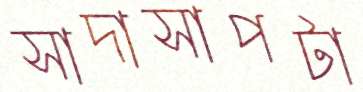
সাদাসাপটা